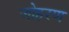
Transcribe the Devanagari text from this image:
जोहरण